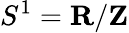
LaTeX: S^{1}=\mathbf{R}/\mathbf{Z}